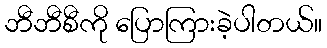
ဘီဘီစီကို ပြောကြားခဲ့ပါတယ်။